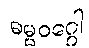
ဓမ္မဝဂ္ဂေါ